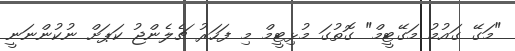
"މަގޭ ގައުމު މަގޭޓީމް" ގޮތުގަ މުޅިޓީމް މި ފަހަރު ޗެލެންޖު ކަޕަށް ނުކުންނަނީ